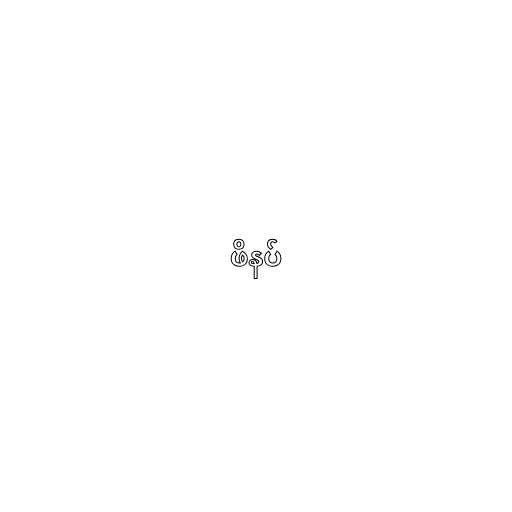
ဖိနပ်